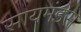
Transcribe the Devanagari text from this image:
सायमंडस